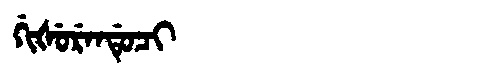
Manchu: ᡤᡳᡧᡠᡵᡝᠨᡩᡠᠴᡳ
Romanization: GIŠURENDUCI